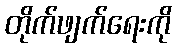
တိုက်ဖျက်ရေးကို